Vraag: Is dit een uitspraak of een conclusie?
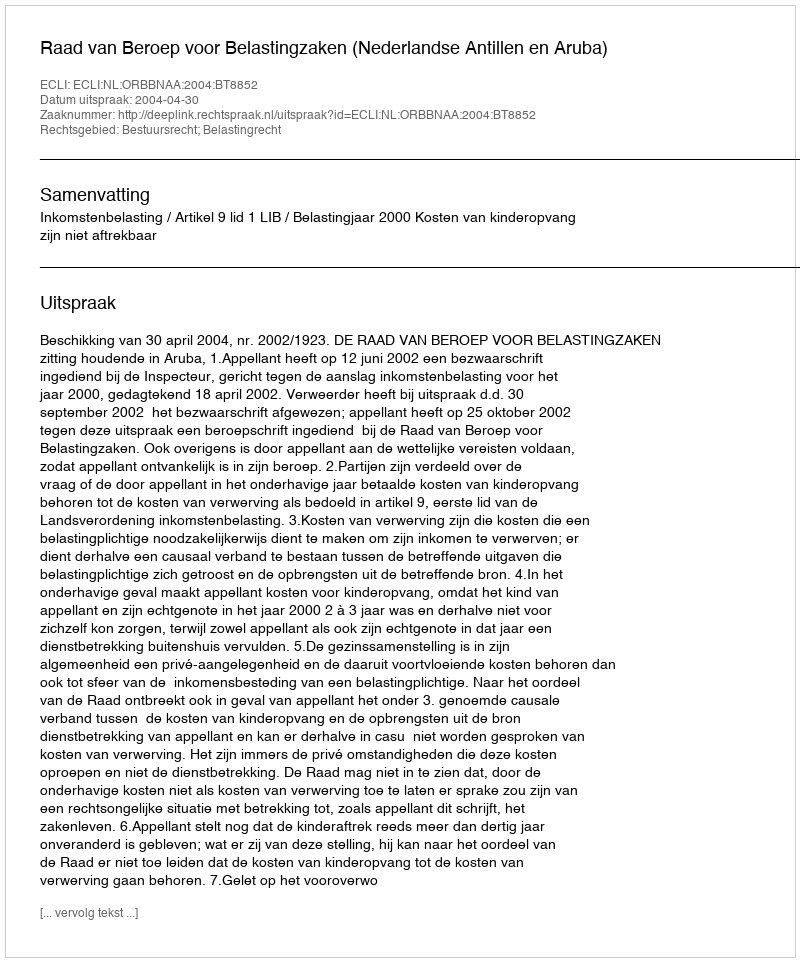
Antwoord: Uitspraak